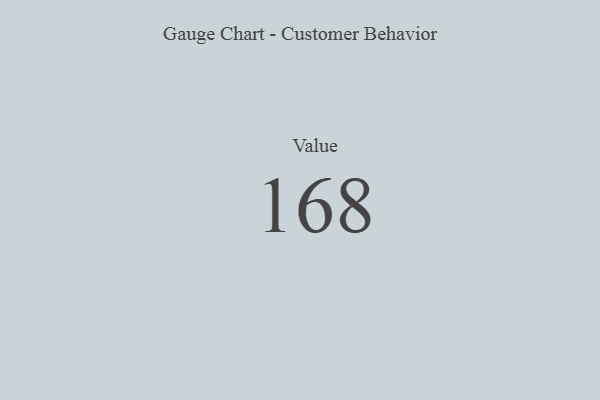
{"axis": {"x": "Metric", "y": "Value"}, "legend": [""], "data": [{"x": "Value", "y": 168, "type": ""}]}